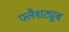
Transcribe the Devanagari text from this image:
फ्लैशट्यूब